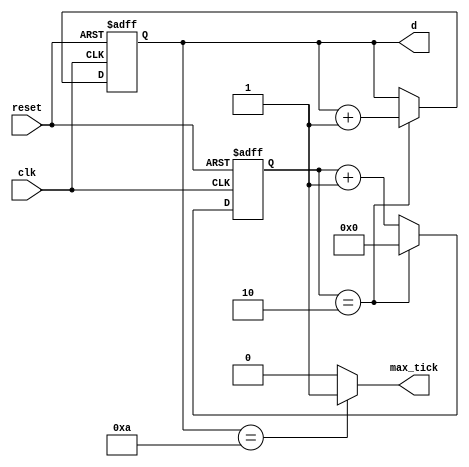
module stopwatch 
(
    input wire clk,
    input wire reset,
    // output wire [22:0] ms_output,
    output wire [3:0] d,
    output wire max_tick
);

//T = 20ns 
//f = 1/T = 50 x 10^6 Hz
//1s -> 50 x 10^6 pulse
// 50 x 10^6 pulse -> 1s
// 1 pulse -> 1s / (50 x 10^6)
// 5 x 10^6 pulse -> 0.1s
// Register size = log2(5x10^6) = 22.25 => 23 bits
// Save 9 value in register = 4 bits
// 1s second a tick generate korbe means output 1 hobe

// localparam DVSR = 5000000;
localparam DVSR = 2;

wire [22:0] ms_next;
reg [22:0] ms_reg;

wire [3:0] second_counter_next;
reg [3:0] second_counter_reg;


//memory/register/d_ff
always @(posedge clk, posedge reset) 
begin
    if (reset)
    begin
        ms_reg <= 23'b0000_0000_0000_0000_0000_000;
        second_counter_reg <= 4'b0000;        
    end
    else
    begin
        ms_reg <= ms_next;   
        second_counter_reg <= second_counter_next;        
    end
end

//nex state logic
// assign ms_next = ms_reg + 1;
assign ms_next = (ms_reg==DVSR) ? 23'b0000_0000_0000_0000_0000_000 : ms_reg + 1; //Debug Code
assign second_counter_next = (ms_reg==DVSR) ? second_counter_reg + 1 : second_counter_reg;

//output logic
assign ms_output = ms_reg;
assign d = second_counter_reg;
assign max_tick = (second_counter_reg==4'b1010) ? 1'b1 : 1'b0;

    
endmodule